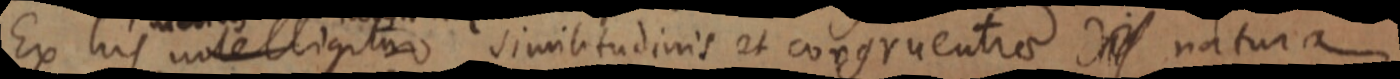
Ex his intelligitur similitudinis et congruentiae _ natura